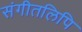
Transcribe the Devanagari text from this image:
संगीतलिपि